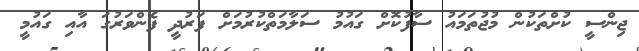
ޖިންސީ ކުށްތަކުން މުޖުތަމައު ސާފުކޮށް ގައުމު ސަލާމަތްކުރުމަށް ފަރުދީ ފެންވަރުގަ އާއި ގައުމީ